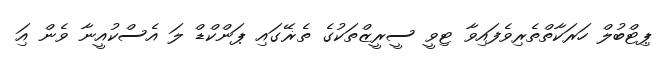
ޕިޓްބުލް ހަރަކާތްތެރިވެފައިވާ ޓިވީ ސީރީޒްތަކުގެ ތެޜޭގައި ޕަންކްޑް ލަ އެސްކުއީނާ ވެން އަި